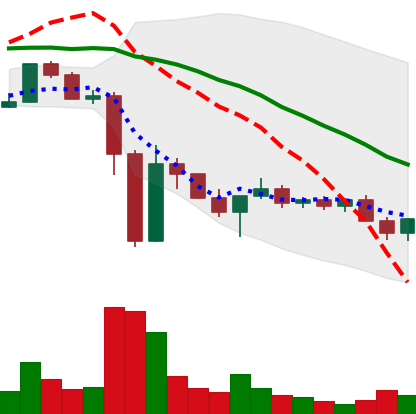
Ticker: XLM-USD
Chart end date: 2022-11-22
Forward return: 3.604%
Label: up_3_5